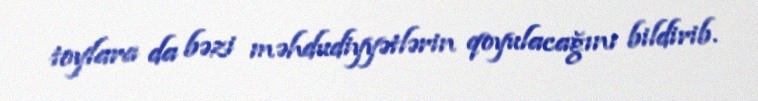
toylara da bəzi məhdudiyyətlərin qoyulacağını bildirib.